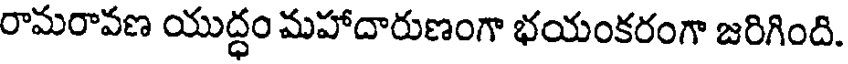
రామరావణ యుద్ధం మహాదారుణంగా భయంకరంగా జరిగింది.